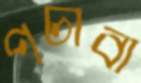
পচাবা